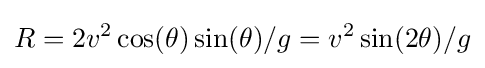
R=2v^{2}\cos(\theta )\sin(\theta )/g=v^{2}\sin(2\theta )/g